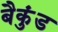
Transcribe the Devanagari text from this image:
बैकुंड